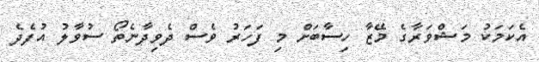
އެކަމަކު މަޝްވަރާގެ މޭޒާ ހިސާބަށް މި ފަހަރު ވެސް ދެވިދާނެތޯ ސުވާލު އުފެދެ